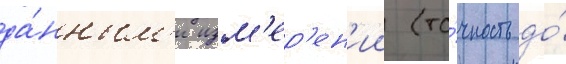
да́нным'и изм'ер'ен'ии (то́чность до́